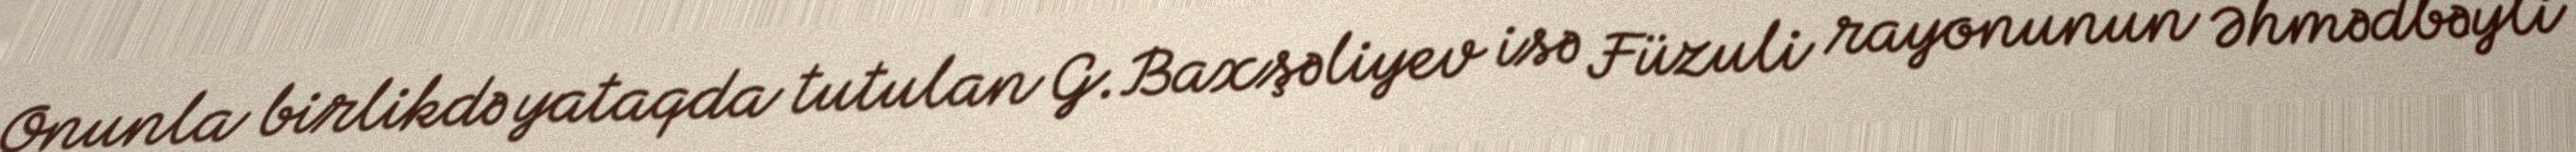
Onunla birlikdə yataqda tutulan G.Baxşəliyev isə Füzuli rayonunun Əhmədbəyli